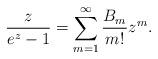
LaTeX: \begin{align*}\frac{z}{e^z - 1} = \sum_{m=1}^{\infty} \frac{B_m}{m!} z^m.\end{align*}